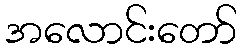
အလောင်းတော်